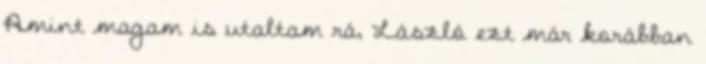
Amint magam is utaltam rá, László ezt már korábban